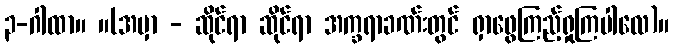
၃-ဂါထာ။ ။(အမှာ - ဆိုင်ရာ ဆိုင်ရာ အက္ခရာခဏ်းတွင် ရှာဖွေကြည့်ရှုကြပါလေ)။